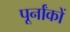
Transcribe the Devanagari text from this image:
पूर्नांकों